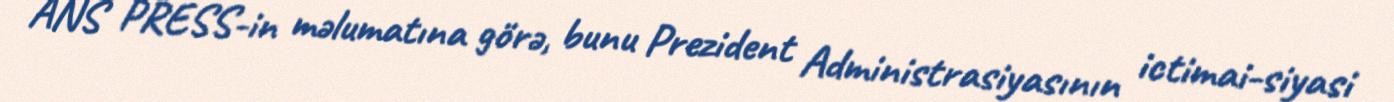
ANS PRESS-in məlumatına görə, bunu Prezident Administrasiyasının ictimai-siyasi